Lunatic asylums in Bengal annual reports 1912-1924 - 1912-1924
Year: 1912
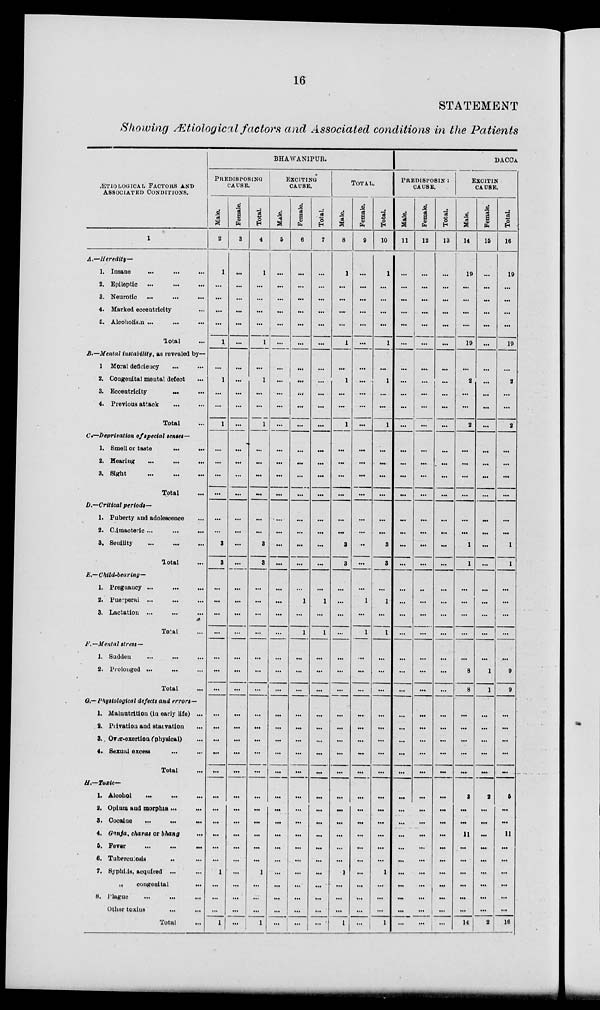
16
STATEMENT
Showing Ætiological factors and Associated conditions in the Patients
ÆTIOLOGICAL FACTORS AND
ASSOCIATED CONDITIONS.
1
A.—Heredity—
1. Insane ... ... ...
2. Epileptic ... ... ...
3. Neurotic ... ... ...
4. Marked eccentricity ...
5. Alcoholism ... ... ...
Total ...
B.—Mental instability, as revealed by—
1 Moral deficiency ... ...
2. Congenital mental defect ...
3. Eccentricity ... ...
4. Previous attack ... ...
Total ...
C.—Deprivation of special senses—
1. Smell or taste
...
...
2. Hearing ... ...
3. Sight
...
...
Total ...
D.—Critical periods—
1. Puberty and adolescence ...
2. Climacteric
...
...
...
3. Senility ... ... ...
Total ...
E.—Child-bearing—
1. Pregnaucy ... ... ...
2. Puerperal ... ... ...
3. Lactation ... ... ...
Total ...
F.—Mental stress—
1. Sudden ... ... ...
2. Prolonged ... ... ...
Total ...
G.— Physiological defects and errors—
1. Malnutrition (in early life) ...
8. Privation and starvation ...
8.. Over-exertioa (physical) ... ...
4. Sexual excess ... ...
Total ...
H.—Toxic—
1. Alcohol
...
...
...
2. Opium and morphia ... ...
8. Cocaine
...
...
...
4. Ganja, charas or bhang ...
5. Fever
...
...
...
6. Tuberculoals ... ...
7. Syphilis, acquired ... ...
„
congenital ...
8. Plague ... ... ...
Other toxins ... ...
Total ...
BHAWANIPUR.
PREDISPOSING
CAUSE.
Male.
2
1
...
...
...
...
1
...
1
...
...
1
...
...
...
...
...
...
3
3
...
...
...
...
...
...
...
...
...
...
...
...
...
...
...
...
...
...
1
...
...
...
1
Female.
3
...
...
...
...
...
...
...
...
...
...
...
...
...
...
...
...
...
...
...
...
...
...
...
...
...
...
...
...
...
...
...
...
...
...
...
...
...
...
...
...
...
...
Total.
4
1
...
...
...
...
1
...
1
...
...
1
...
...
...
...
...
...
3
3
...
...
...
...
...
...
...
...
...
...
...
...
...
...
...
...
...
...
1
...
...
...
1
EXCITING
CAUSE.
Male.
5
...
...
...
...
...
...
...
...
...
...
...
...
...
...
...
...
...
...
...
...
...
...
...
...
...
...
...
...
...
...
...
...
...
...
...
...
...
...
...
...
...
...
Female.
6
...
...
...
...
...
...
...
...
...
...
...
...
...
...
...
...
...
...
...
...
1
...
1
...
...
...
...
...
...
...
...
...
...
...
...
...
...
...
...
...
...
...
Total.
7
...
...
...
...
...
...
...
...
...
...
...
...
...
...
...
...
...
...
...
...
1
...
1
...
...
...
...
...
...
...
...
...
...
...
...
...
...
...
...
...
...
...
TOTAL.
Male.
8
1
...
...
....
...
1
...
1
...
...
1
...
...
...
...
...
...
3
3
...
...
...
...
...
...
...
...
...
...
...
...
...
...
...
...
...
...
1
...
...
...
1
Female.
9
...
...
...
...
...
...
...
...
...
...
...
...
...
...
...
...
...
...
...
...
1
...
1
...
...
...
...
...
...
...
...
...
...
...
...
...
...
...
...
...
...
...
Total.
10
1
...
...
...
...
1
...
1
...
...
1
...
...
...
...
...
...
3
3
...
1
...
1
...
...
...
...
...
...
...
...
...
...
...
...
...
...
1
...
...
...
1
DACCA
PREDISPOSIN
CAUSE.
Male.
11
...
...
...
...
...
...
...
...
...
...
...
...
...
...
...
...
...
...
...
...
...
...
...
...
...
...
...
...
...
...
...
...
...
...
...
...
...
...
...
...
...
...
Female.
12
...
...
...
...
...
...
...
...
...
...
...
...
...
...
...
...
...
...
...
...
...
...
...
...
...
...
...
...
...
...
...
...
...
...
...
...
...
...
...
...
...
...
Total.
13
...
...
...
...
...
...
...
...
...
...
...
...
...
...
...
...
...
...
...
...
...
...
...
...
...
...
...
...
...
...
...
...
...
...
...
...
...
...
...
...
...
...
EXCITIN
CAUSE.
Male.
14
19
...
...
...
...
19
...
2
...
...
2
...
...
...
...
...
...
1
1
...
...
...
...
...
8
8
...
...
...
...
...
3
...
...
11
...
...
...
...
...
...
14
Female.
15
...
...
...
...
...
...
...
...
...
...
...
...
...
...
...
...
...
...
...
...
...
...
...
...
1
1
...
...
...
...
...
2
...
...
...
...
...
...
...
...
...
2
Total
16
19
...
...
...
...
19
...
2
...
...
2
...
...
...
...
...
...
1
1
...
...
...
...
...
9
9
...
...
...
...
...
5
...
...
11
...
...
...
...
...
...
16